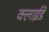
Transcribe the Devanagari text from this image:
क्लाईडे